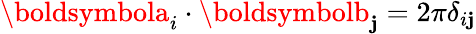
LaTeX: \boldsymbola_{i}\cdot\boldsymbolb_{\mathbf{j}}=2\pi\delta_{i\mathbf{j}}